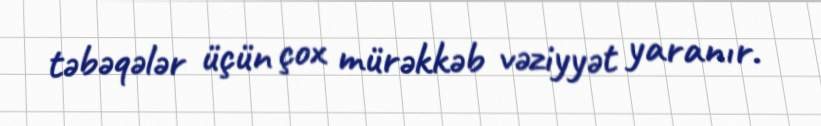
təbəqələr üçün çox mürəkkəb vəziyyət yaranır.